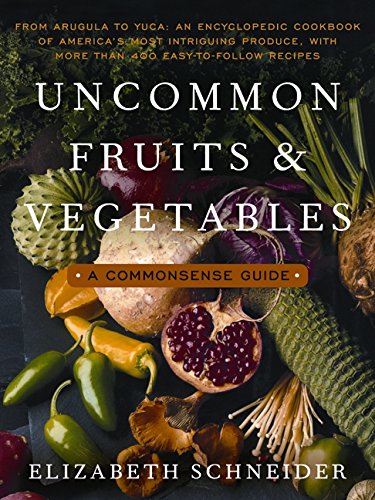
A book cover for Uncommon Fruits and Vegetables: A Commonsense Guide; Elizabeth Schneider; Cookbooks, Food & Wine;